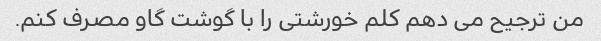
من ترجیح می دهم کلم خورشتی را با گوشت گاو مصرف کنم.